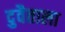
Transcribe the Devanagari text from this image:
दुवैताला